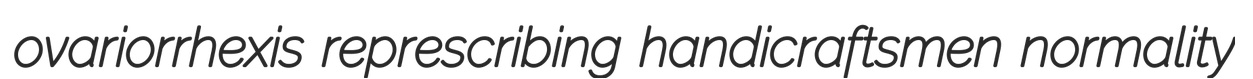
ovariorrhexis represcribing handicraftsmen normality